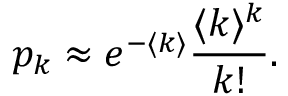
p _ { k } \approx e ^ { - \langle k \rangle } \frac { \langle k \rangle ^ { k } } { k ! } .